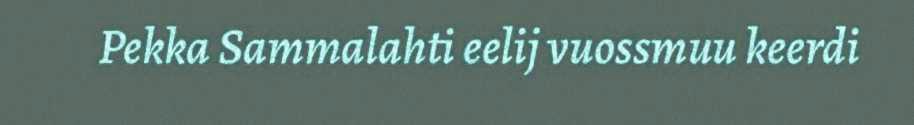
Pekka Sammalahti eelij vuossmuu keerdi